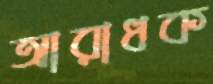
আরাধক